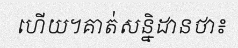
ហើយ។គាត់សន្និដានថា៖